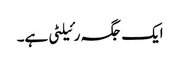
ایک جگہ رئیلٹی ہے۔